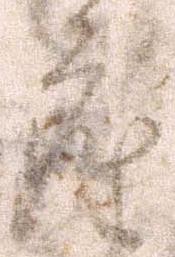
座